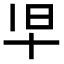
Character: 𫝒